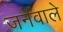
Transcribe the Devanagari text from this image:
जनेवाले